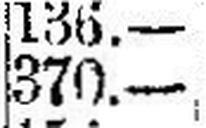
370.—